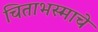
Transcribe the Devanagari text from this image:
चिताभस्माचे